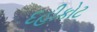
દહીકોટ